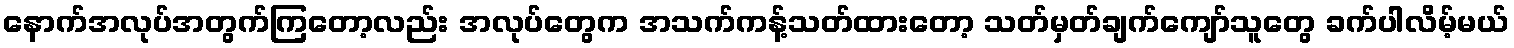
နောက်အလုပ်အတွက်ကြတော့လည်း အလုပ်တွေက အသက်ကန့်သတ်ထားတော့ သတ်မှတ်ချက်ကျော်သူတွေ ခက်ပါလိမ့်မယ်